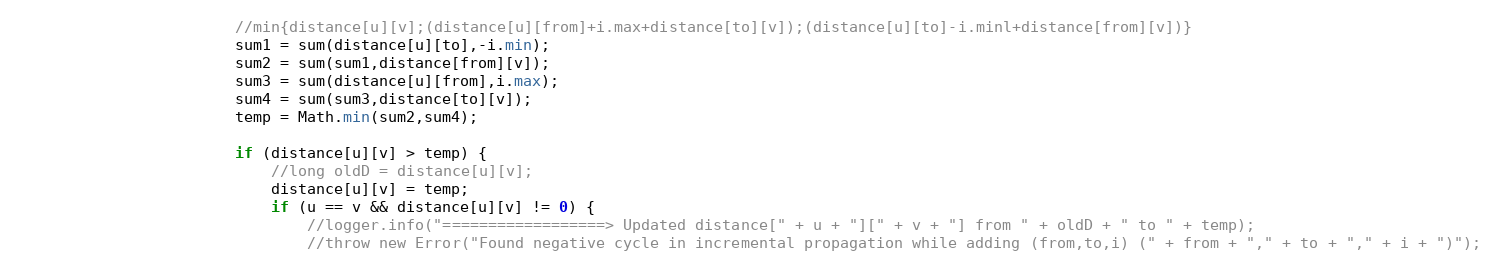
Language: Java
						//min{distance[u][v];(distance[u][from]+i.max+distance[to][v]);(distance[u][to]-i.minl+distance[from][v])}
						sum1 = sum(distance[u][to],-i.min);
						sum2 = sum(sum1,distance[from][v]);
						sum3 = sum(distance[u][from],i.max);
						sum4 = sum(sum3,distance[to][v]);
						temp = Math.min(sum2,sum4);

						if (distance[u][v] > temp) {
							//long oldD = distance[u][v];
							distance[u][v] = temp;
							if (u == v && distance[u][v] != 0) {
								//logger.info("==================> Updated distance[" + u + "][" + v + "] from " + oldD + " to " + temp);
								//throw new Error("Found negative cycle in incremental propagation while adding (from,to,i) (" + from + "," + to + "," + i + ")");